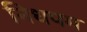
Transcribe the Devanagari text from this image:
निधपम